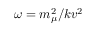
\omega = m _ { \mu } ^ { 2 } / k v ^ { 2 }